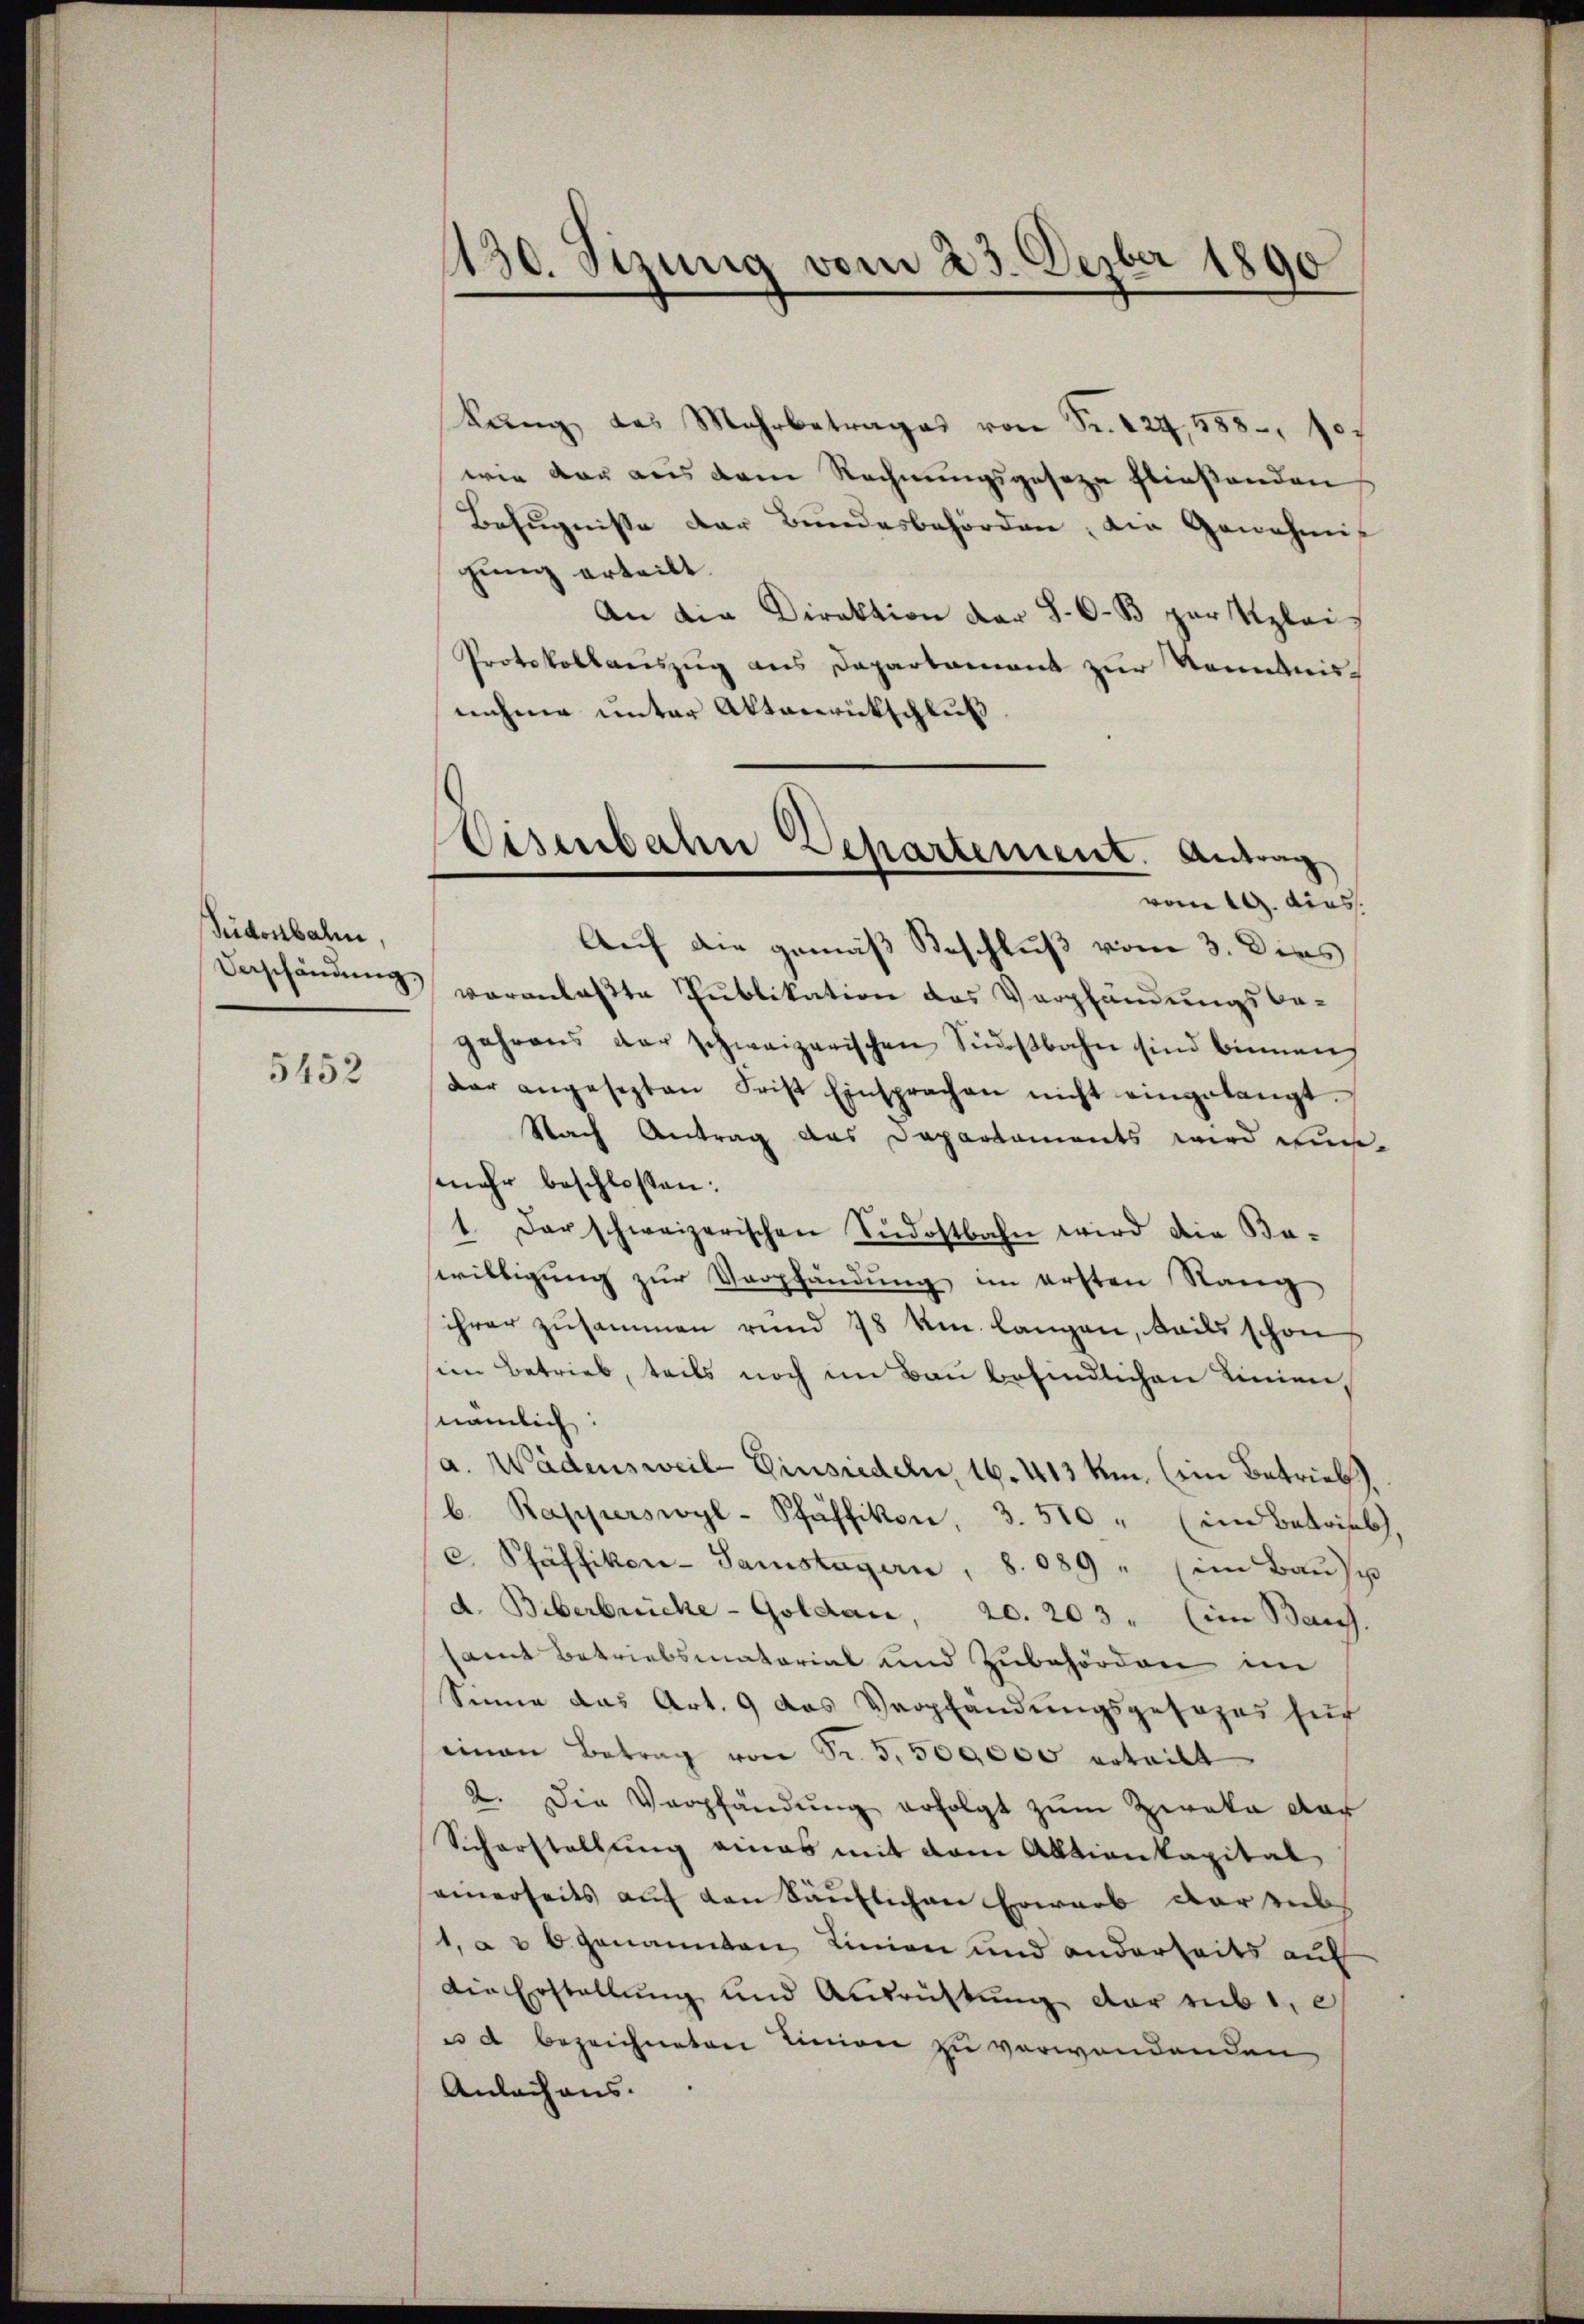
Ridostbahn,
Verschändung.

5452

1130. Sizung vom 23. Dezber 1890

kung des Mehrbetrages von Fr. 227, 588, sof
wie dar aus dem Rechnungsgeseze fließenden
Befugnisse der Bundesbehörden, die Genehmis
gung erteilt.
An die Direktion der S. 633 zur Klei¬
Protokollauszug aus Dapartament zur Kenntnis
nahme unter Aktenrückschluß
Auf die gemäß Beschluß vom 3. Dies
veranlaßte Publikation des Verpfändungsbe-
gehrens der schweizerischen Südostbahn sind binnen,
dar angesezten Frist Einsprachen nicht eingelangt.
Nach Antrag das Departaments wird ein-
mehr beschlossen:
1. Der schweizerischen Südostbahn wird die Ba-
willigung zur Verpfändung im ersten Rang
ihrer zusammen rund 78 km. langen, teils schon
im Betrieb, teils noch im Bau befindlichen Linien,
nämlich:
a. Wädensweil Einsiedeln, 16. 413 um. (im Betrieb
b. Rapperswyl-Pfäffikon, 3. 510 " (in Betrieb,
c. Schäffikon-Samstagern, 8. 089 " (im Baŭsp
d. Biberbrüche - Goldau, 20. 203. (im Bauch.
samt Betriebsmatorial und Zubehörden im
Sinne das Art. 9 das Verpfandungsgesezes sich
mian Betrag von Fr. 5,500,000 erteilt
2. Die Verpfändung erfolgt zum Zweke dar
Scharstellung eines mit dem Aktienkapital
einerseits auf den Säuflichen Erwarb darsubs
1, à 3 6 genannten Linien und anderheits auf
din Erstellŭng und Antrüstung der rube
u d bezeichneten Linien zu verwendenden
Anlach aus.

Eisenbahn Departement. Antrag
vom 19. dies